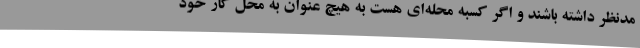
مدنظر داشته باشند و اگر کسبه محله‌ای هست به هیچ عنوان به محل کار خود